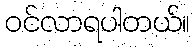
ဝင်လာရပါတယ်။